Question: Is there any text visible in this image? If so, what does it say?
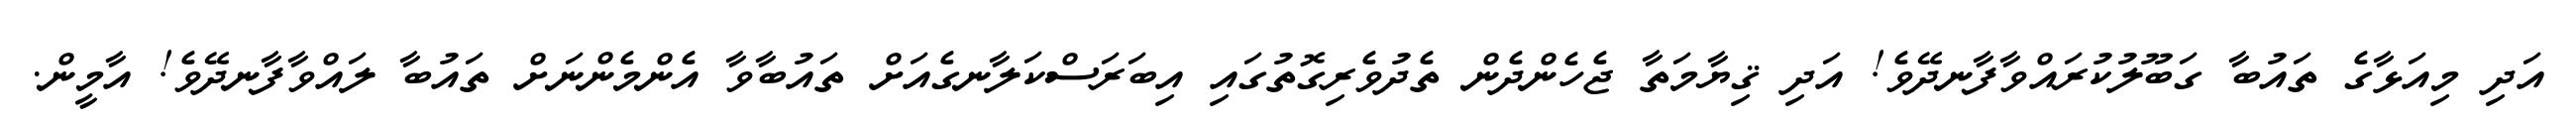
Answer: އަދި މިއަޅާގެ ތައުބާ ގަބޫލުކުރައްވާފާނދޭވެ! އަދި ޤިޔާމަތާ ޖެހެންދެން ތެދުވެރިގޮތުގައި އިބަރަސްކަލާނގެއަށް ތައުބާވާ އެންމެންނަށް ތައުބާ ލައްވާފާނދޭވެ! އާމީން.